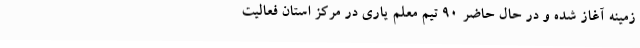
زمینه آغاز شده و در حال حاضر 90 تیم معلم یاری در مرکز استان فعالیت